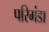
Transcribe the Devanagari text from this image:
परिमंडा